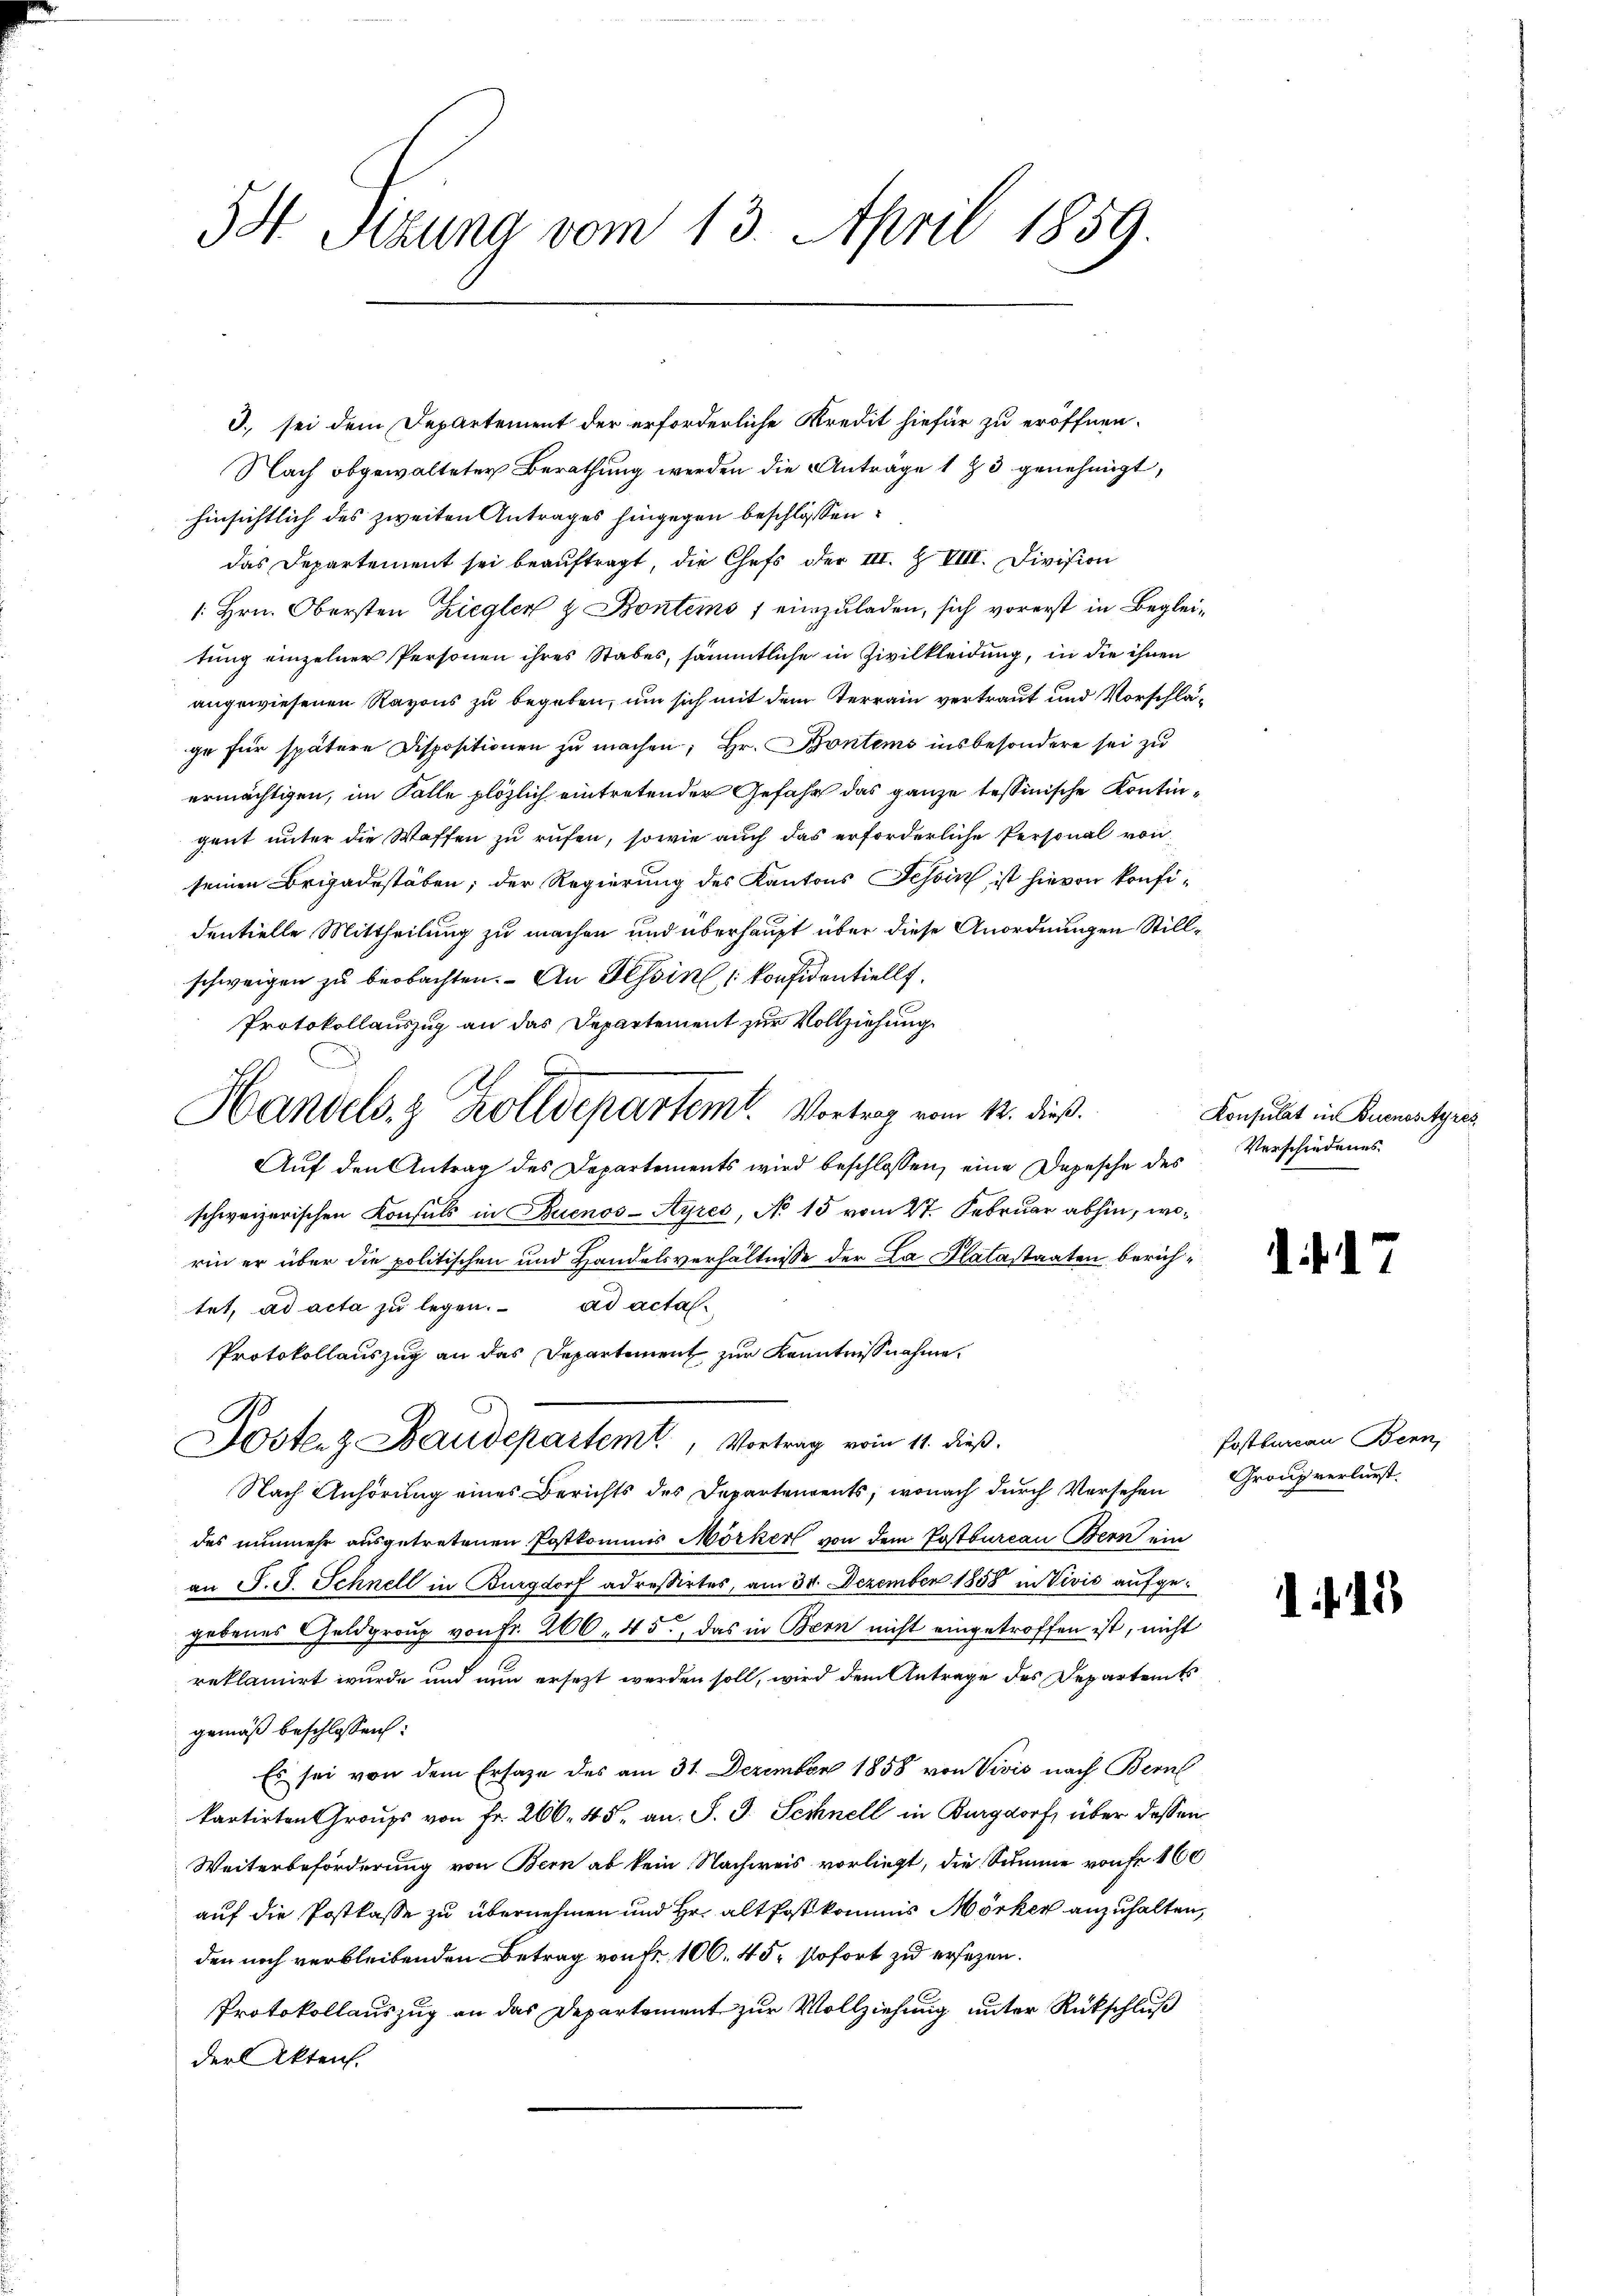
54 Perung vom 13. April 1859.

3. sei dem Departement der erforderliche Kredit hiefür zu eröffnen.
Nach obgewalteter Berathung werden die Antrage 1 ½ 3 genehmigt,
hinsichtlich des zweiten Antrages hingegen beschlossen:
das Departement sei beauftragt, die Chefs der III. Z VIII. Division
1. Hrn. Obersten Ziegler & Bontems 1 einzuladen, sich vorerst in Begleitung einzelner Personen ihres Stabes, sämmtliche in Zivilkleidung, in die ihnen
angewiesenen Ravons zu begeben, um sich mit dem Terrain vertraut und Vorschläge für spätere Dispositionen zu machen; Hr. Bontems insbesondere sei zu
ermächtigen, im Falle plözlich eintretender Gefahr das ganze tessinische Kontingent unter die Waffen zu rufen, sowie auch das erforderliche Personal von
seinen Brigadestäben; der Regierung des Kantons Tessin ist hievon konfidentielle Mittheilung zu machen und überhaupt über diese Anordnungen Stillschweigen zu beobachten. An Tessin konfidentiellt.
Protokollauszug an das Departement zur Vollziehung
Auf den Antrag des Departements wird beschlossen, eine Depesche des
schweizerischen Konsuls in Buenos-Ayres, No 15 vom 27. Februar abhin, worin er über die politischen und Handelsverhältnisse der La Platastaaten berichtet, ad acta zu legen. ad actal¬
Protokollauszug an das Departement zur Kenntnißnahme,
B
Astenz Baudepartem, Vortrag vom 11. dieß.
Nach Anhörung eines Berichts des Departenrents, wonach durch Versehen
des nunmehr ausgetretenen Postkommis Mörker von dem Postbureau Bern ein
an S. S. Schnell in Burgdorf adressirtes, am 31. Dezember 1858 in Vivić aufgec
gebenes Geldgroup von Fr. 266. 45, das in Bern nicht eingetroffen ist, nicht
reklamirt wurde und nun ersezt werden soll, wird dem Antrage des Departemts
gemäß beschlossen:
Es sei von dem Ersage des am 31. Dezember 1858 von Vivis nach Bern
kartirten Graus von Fr. 266. 45. an. J. J. Schnell in Burgdorf, über dessen
Weiterbeförderung von Bern ab kein Nachweis vorliegt, die Summe von fr. 160
auf die Postkasse zu übernehmen und Hr. alt Postkommis Mörker anzuhalten,
den noch verbleibenden Betrag von fr. 100. 45 sofort zu ersezen.
Protokollauszug an das Departement zur Vollziehung unter Rückschluß
der Akten.

A.
Handels & Zolldepartem Vortrag vom 12. dieß.

Konsulat in Buenostyres
Verschiedenes

d

e

Postbarcan Benn,
Granz verlurst.

1445